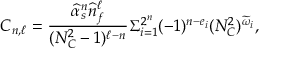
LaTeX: C _ { n , \ell } = { \frac { \widehat \alpha _ { s } ^ { n } \widehat n _ { f } ^ { \ell } } { ( N _ { C } ^ { 2 } - 1 ) ^ { \ell - n } } } \Sigma _ { i = 1 } ^ { 2 ^ { n } } ( - 1 ) ^ { n - e _ { i } } ( N _ { C } ^ { 2 } ) ^ { \widetilde \omega _ { i } } ,